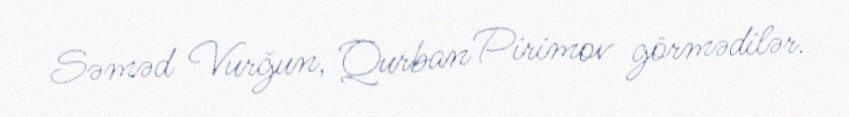
Səməd Vurğun, Qurban Pirimov görmədilər.